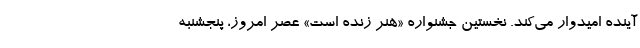
آینده امیدوار می‌کند. نخستین جشنواره «هنر زنده است» عصر امروز، پنجشنبه